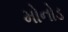
મોનોડ